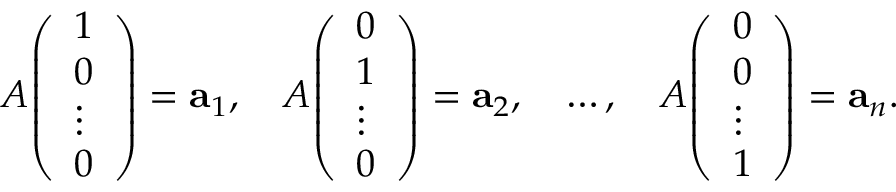
A { \left( \begin{array} { l } { 1 } \\ { 0 } \\ { \vdots } \\ { 0 } \end{array} \right) } = \mathbf { a } _ { 1 } , \quad A { \left( \begin{array} { l } { 0 } \\ { 1 } \\ { \vdots } \\ { 0 } \end{array} \right) } = \mathbf { a } _ { 2 } , \quad \ldots , \quad A { \left( \begin{array} { l } { 0 } \\ { 0 } \\ { \vdots } \\ { 1 } \end{array} \right) } = \mathbf { a } _ { n } .